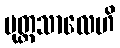
ပုတ္တသာလေဟိ